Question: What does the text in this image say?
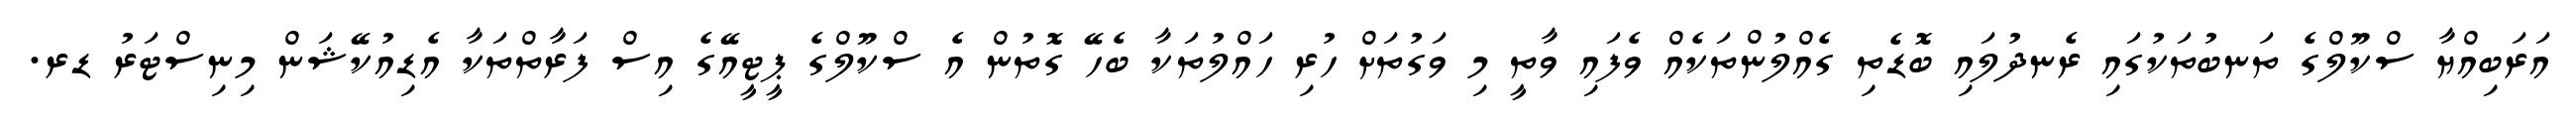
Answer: އަރަބިއްޔާ ސްކޫލްގެ ތަނބުތަކުގައި ރެނދުލައި ބޮޑެތި ގެއްލުންތަކެއް ވެފައި ވާތީ މި ވަގުތަށް ހުރި ހައްލުތަކާ ބެހޭ ގޮތުން އެ ސްކޫލްގެ ޕީޓީއޭގެ އިސް ފަރާތްތަކާ އެޑިއުކޭޝަން މިނިސްޓަރު ޑރ.